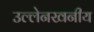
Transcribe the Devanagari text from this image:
उल्लेनखनीय